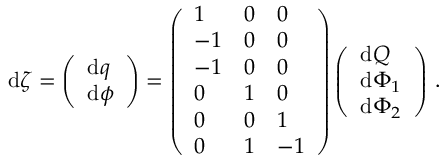
\begin{array} { r } { \mathrm { d } \boldsymbol { \zeta } = \left( \begin{array} { l } { \mathrm { d } \boldsymbol { q } } \\ { \mathrm { d } \boldsymbol { \phi } } \end{array} \right) = \left( \begin{array} { l l l } { 1 } & { 0 } & { 0 } \\ { - 1 } & { 0 } & { 0 } \\ { - 1 } & { 0 } & { 0 } \\ { 0 } & { 1 } & { 0 } \\ { 0 } & { 0 } & { 1 } \\ { 0 } & { 1 } & { - 1 } \end{array} \right) \left( \begin{array} { l } { \mathrm { d } Q } \\ { \mathrm { d } \Phi _ { 1 } } \\ { \mathrm { d } \Phi _ { 2 } } \end{array} \right) \, . } \end{array}